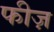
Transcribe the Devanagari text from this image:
फीज़